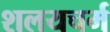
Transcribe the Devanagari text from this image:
शलयचर्म